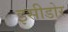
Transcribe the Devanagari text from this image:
इसीडोर